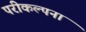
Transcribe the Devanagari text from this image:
परीकल्पना